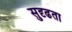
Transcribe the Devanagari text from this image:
सुदृढता